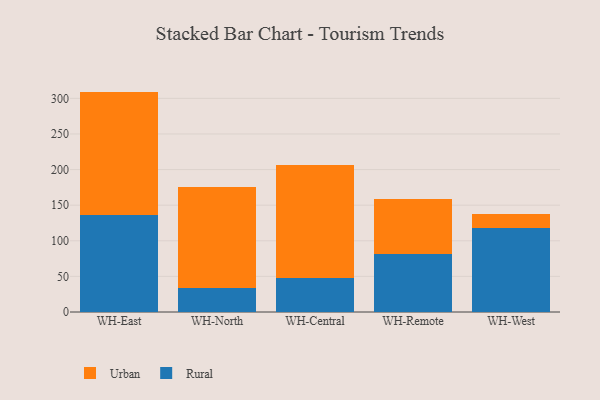
{"axis": {"x": "Warehouse", "y": "Bounce Rate (%)"}, "legend": ["Rural", "Urban"], "data": [{"x": "WH-East", "y": 136.5, "type": "Rural"}, {"x": "WH-East", "y": 173.0, "type": "Urban"}, {"x": "WH-North", "y": 33.4, "type": "Rural"}, {"x": "WH-North", "y": 141.6, "type": "Urban"}, {"x": "WH-Central", "y": 47.1, "type": "Rural"}, {"x": "WH-Central", "y": 159.9, "type": "Urban"}, {"x": "WH-Remote", "y": 80.9, "type": "Rural"}, {"x": "WH-Remote", "y": 77.7, "type": "Urban"}, {"x": "WH-West", "y": 118.5, "type": "Rural"}, {"x": "WH-West", "y": 19.8, "type": "Urban"}]}